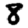
Digit: 8